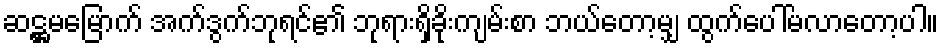
ဆဋ္ဌမမြောက် အက်ဒွက်ဘုရင်၏ ဘုရားရှိခိုးကျမ်းစာ ဘယ်တော့မျှ ထွက်ပေါ်မလာတော့ပါ။